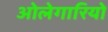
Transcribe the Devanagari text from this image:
ओलेगारियो